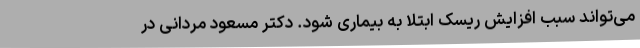
می‌تواند سبب افزایش ریسک ابتلا به بیماری شود. دکتر مسعود مردانی در